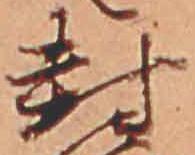
封